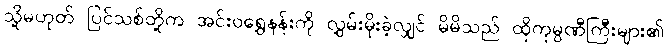
သို့မဟုတ် ပြင်သစ်တို့က အင်းဝရွှေနန်းကို လွှမ်းမိုးခဲ့လျှင် မိမိသည် ထိုကုမ္ပဏီကြီးများ၏